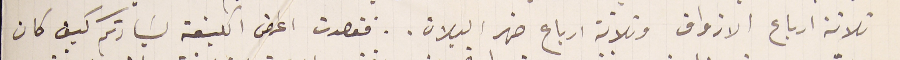
ثلاثة ارباع الازواق وثلاثة ارباع ضهر البلان.. فقصدت اعرض الكيفة لسَيادتكم كيف كان